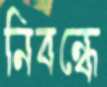
নিবন্ধে